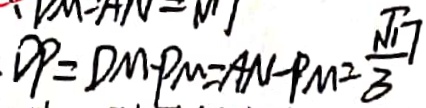
D P = D M - P M = A N - P M = \frac { \sqrt { 1 7 } } { 3 }